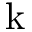
\mathrm { k }